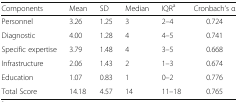
<table><thead><tr><td><b>Components</b></td><td><b>Mean</b></td><td><b>SD</b></td><td><b>Median</b></td><td><b>IQR<sup>a</sup></b></td><td><b>Cronbach’s α</b></td></tr></thead><tbody><tr><td>Personnel</td><td>3.26</td><td>1.25</td><td>3</td><td>2–4</td><td>0.724</td></tr><tr><td>Diagnostic</td><td>4.00</td><td>1.28</td><td>4</td><td>4–5</td><td>0.741</td></tr><tr><td>Specific expertise</td><td>3.79</td><td>1.48</td><td>4</td><td>3–5</td><td>0.668</td></tr><tr><td>Infrastructure</td><td>2.06</td><td>1.43</td><td>2</td><td>1–3</td><td>0.674</td></tr><tr><td>Education</td><td>1.07</td><td>0.83</td><td>1</td><td>0–2</td><td>0.776</td></tr><tr><td>Total Score</td><td>14.18</td><td>4.57</td><td>14</td><td>11–18</td><td>0.765</td></tr></tbody></table>